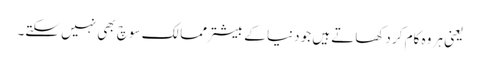
یعنی ہر وہ کام کر دکھاتے ہیں جو دنیا کے بیشتر ممالک سوچ بھی نہیں سکتے۔